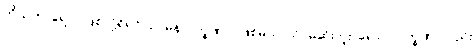
ကိုယ်ဟာရောဂါဖြစ်လို့ရှိရင် သာမန်လက္ခဏာပဲဖြစ်မယ်၊ သိပ်မဆိုးဘူး၊ ရောဂါလက္ခဏာလည်း